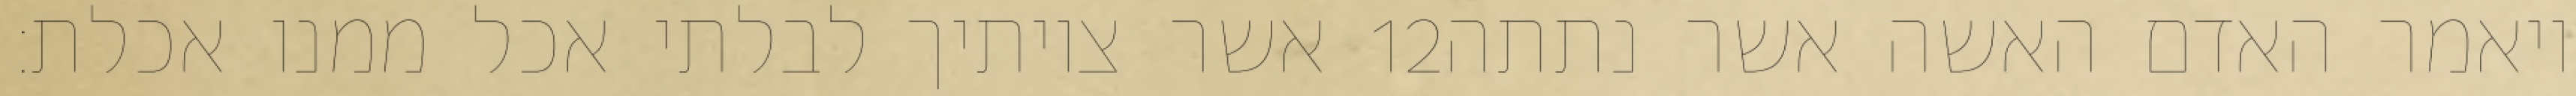
אשר צויתיך לבלתי אכל ממנו אכלת׃ ‎12‏ ויאמר האדם האשה אשר נתתה